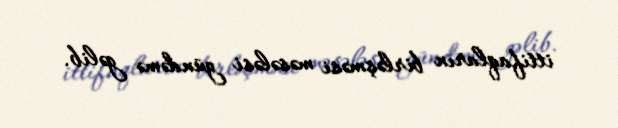
ittifaqların birləşməsi məsələsi gündəmə gəlib.